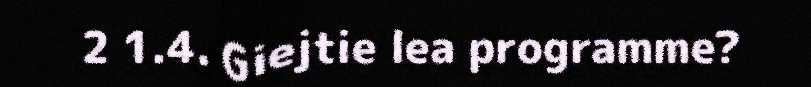
2 1.4. Giejtie lea programme?